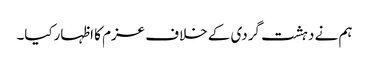
ہم نے دہشت گردی کے خلاف عزم کا اظہارکیا۔